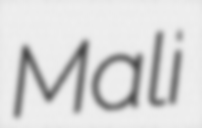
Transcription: Mali